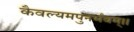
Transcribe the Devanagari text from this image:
कैवल्यमपुनर्भवम्‌।।